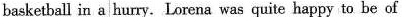
basketball in a hurry.Lorena was quite happy to be of